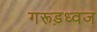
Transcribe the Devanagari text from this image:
गरूड़ध्वज